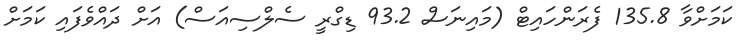
ކަމަށްވާ 135.8 ފެރަންހައިޓް (މައިނަސް 93.2 ޑިގްރީ ސެލްސިއަސް) އަށް ދައްވެފައި ކަމަށް